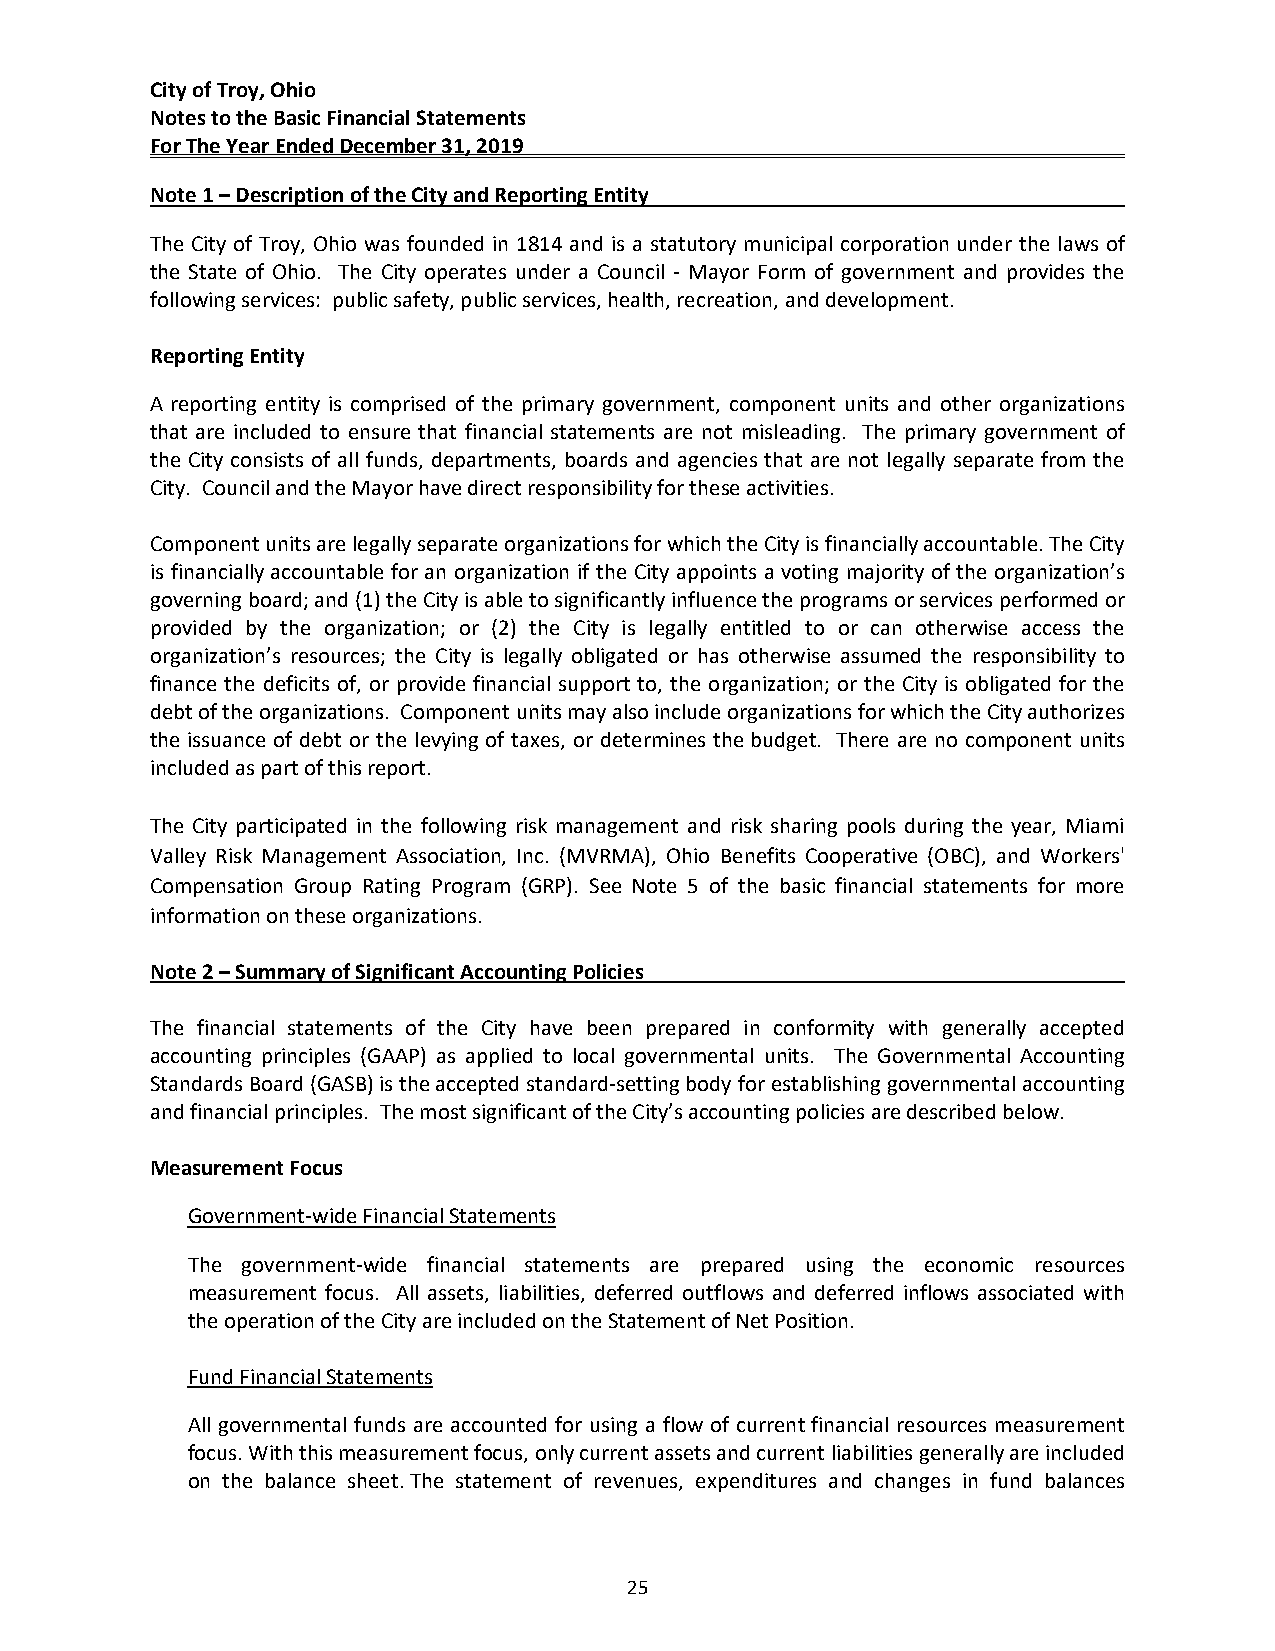
City of Troy, Ohio
 Notes to the Basic Financial Statements
 For The Year Ended December 31, 2019
 Note 1 – Description of the City and Reporting Entity
 The City of Troy, Ohio was founded in 1814 and is a statutory municipal corporation under the laws of
 the State of Ohio. The City operates under a Council ‐ Mayor Form of government and provides the
 following services: public safety, public services, health, recreation, and development.
 Reporting Entity
 A reporting entity is comprised of the primary government, component units and other organizations
 that are included to ensure that financial statements are not misleading. The primary government of
 the City consists of all funds, departments, boards and agencies that are not legally separate from the
 City. Council and the Mayor have direct responsibility for these activities.
 Component units are legally separate organizations for which the City is financially accountable. The City
 is financially accountable for an organization if the City appoints a voting majority of the organization’s
 governing board; and (1) the City is able to significantly influence the programs or services performed or
 provided by the organization; or (2) the City is legally entitled to or can otherwise access the
 organization’s resources; the City is legally obligated or has otherwise assumed the responsibility to
 finance the deficits of, or provide financial support to, the organization; or the City is obligated for the
 debt of the organizations. Component units may also include organizations for which the City authorizes
 the issuance of debt or the levying of taxes, or determines the budget. There are no component units
 included as part of this report.
 The City participated in the following risk management and risk sharing pools during the year, Miami
 Valley Risk Management Association, Inc. (MVRMA), Ohio Benefits Cooperative (OBC), and Workers'
 Compensation Group Rating Program (GRP). See Note 5 of the basic financial statements for more
 information on these organizations.
 Note 2 – Summary of Significant Accounting Policies
 The financial statements of the City have been prepared in conformity with generally accepted
 accounting principles (GAAP) as applied to local governmental units. The Governmental Accounting
 Standards Board (GASB) is the accepted standard‐setting body for establishing governmental accounting
 and financial principles. The most significant of the City’s accounting policies are described below.
 Measurement Focus
 Government‐wide Financial Statements
 The government‐wide financial statements are prepared using the economic resources
 measurement focus. All assets, liabilities, deferred outflows and deferred inflows associated with
 the operation of the City are included on the Statement of Net Position.
 Fund Financial Statements
 All governmental funds are accounted for using a flow of current financial resources measurement
 focus. With this measurement focus, only current assets and current liabilities generally are included
 on the balance sheet. The statement of revenues, expenditures and changes in fund balances
 25